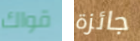
قواك جائزة